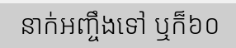
នាក់អញ្ចឹងទៅ ឬក៏៦០